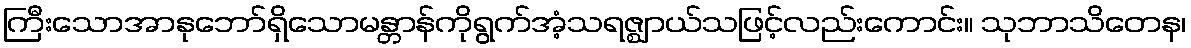
ကြီးသောအာနုဘော်ရှိသောမန္တာန်ကိုရွက်အံ့သရဇ္ဈာယ်သဖြင့်လည်းကောင်း။ သုဘာသိတေန၊